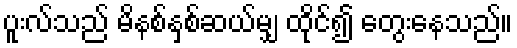
ပူးလ်သည် မိနစ်နှစ်ဆယ်မျှ ထိုင်၍ တွေးနေသည်။